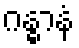
ဂန္ဓာနံ